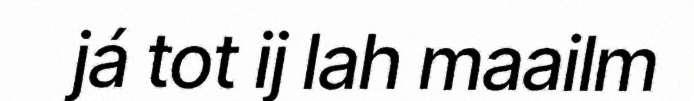
já tot ij lah maailm